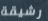
رشيقة